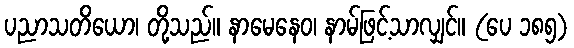
ပညာသတိယော၊ တို့သည်။ နာမေနေဝ၊ နာမ်ဖြင့်သာလျှင်။ (ပေ ၁၈၅)